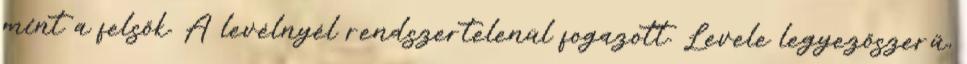
mint a felsők. A levélnyél rendszertelenül fogazott. Levele legyezőszerű,